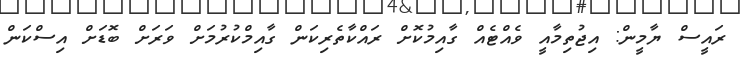
ރައީސް ޔާމީން: އިޖުތިމާއީ ވެއްޓެއް ގާއިމުކޮށް ރައްކާތެރިކަން ގާއިމްކުރުމަށް ވަރަށް ބޮޑަށް އިސްކަން